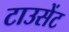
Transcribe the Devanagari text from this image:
टाउसेंट